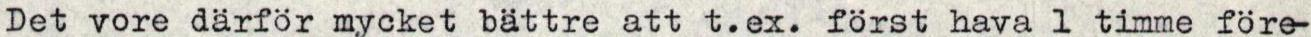
Det vore därför mycket bättre att t.ex. först hava 1 timme före-